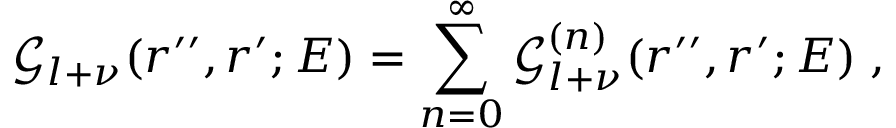
{ \mathcal G } _ { l + \nu } ( r ^ { \prime \prime } , r ^ { \prime } ; E ) = \sum _ { n = 0 } ^ { \infty } { \mathcal G } _ { l + \nu } ^ { ( n ) } ( r ^ { \prime \prime } , r ^ { \prime } ; E ) \; ,